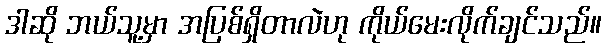
ဒါဆို ဘယ်သူ့မှာ အပြစ်ရှိတာလဲဟု ကိုယ်မေးလိုက်ချင်သည်။